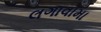
લગાવામા